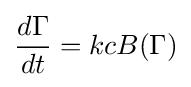
{d\Gamma  \over dt}=kcB(\Gamma )